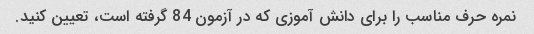
نمره حرف مناسب را برای دانش آموزی که در آزمون 84 گرفته است، تعیین کنید.